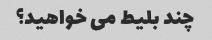
چند بلیط می خواهید؟